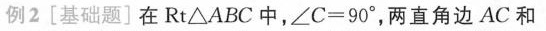
例2[基础题]在Rt△ABC中，$$∠ C = 9 0 °$$，两直角边AC和